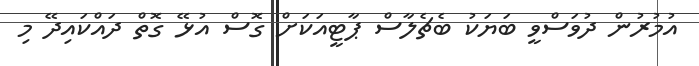
އުމުރުން ދުވަސްވީ ބަޔަކު ބެޗެލާސް ޕާޓީއަކަށް ގޮސް އުޅޭ ގޮތް ދައްކައިދޭ މި